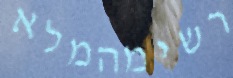
רשימהמלא